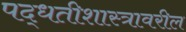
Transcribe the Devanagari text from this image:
पद्धतीशास्त्रावरील